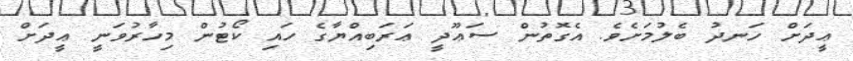
ޢީދަށް ހަނދު ބެލުމަށެވެ. އެގޮތުން ސަޢޫދީ ޢަރަބިއްޔާގެ ހައި ކޯޓުން މިހާރުވަނީ ޢީދަށް